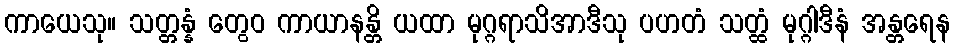
ကာယေသု။ သတ္တန္နံ တွေဝ ကာယာနန္တိ ယထာ မုဂ္ဂရာသိအာဒီသု ပဟတံ သတ္ထံ မုဂ္ဂါဒီနံ အန္တရေန